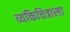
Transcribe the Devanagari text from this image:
व्यक्तिचित्राला